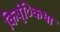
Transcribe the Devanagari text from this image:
किष्ंिकधा